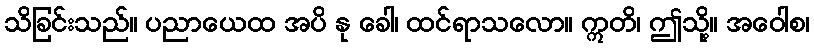
သိခြင်းသည်။ ပညာယေထ အပိ နု ခေါ၊ ထင်ရာသလော။ ဣတိ၊ ဤသို့။ အဝေါစ၊